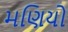
મણિયો